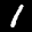
Label: 1